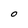
Character: O